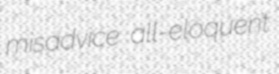
misadvice all-eloquent